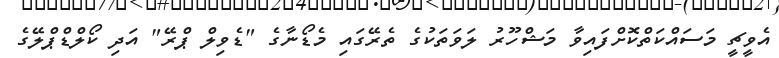
އެވީޗީ މަސައްކަތްކޮށްފައިވާ މަޝްހޫރު ލަވަތަކުގެ ތެރޭގައި މެޑޯނާގެ "ޑެވިލް ޕްރޭ" އަދި ކޯލްޑްޕްލޭގެ